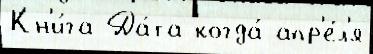
Кн'и́га Да́та когда́ апр'е́л'я